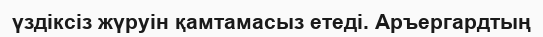
үздіксіз жүруін қамтамасыз етеді. Аръергардтың